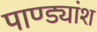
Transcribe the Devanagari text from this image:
पाण्ड्यांश